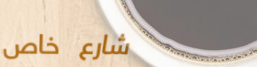
شارع خاص